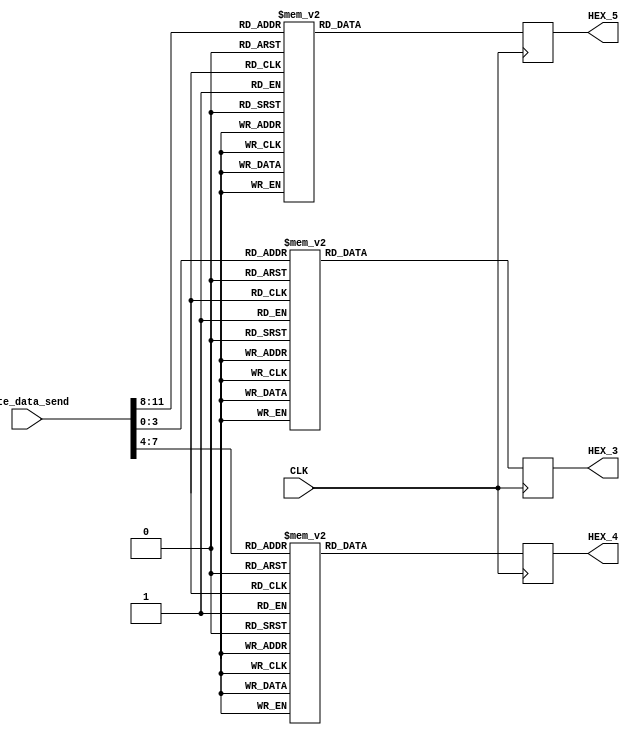
module out_hex(
	input CLK,
	input [11:0] byte_data_send,
	output reg [6:0] HEX_5,
	output reg [6:0] HEX_4,
	output reg [6:0] HEX_3
);

always @(posedge CLK) begin
	case (byte_data_send[11:8])
		4'h0: HEX_5 = 7'b1000000;
		4'h1: HEX_5 = 7'b1111001;
		4'h2: HEX_5 = 7'b0100100;
		4'h3: HEX_5 = 7'b0110000;
		4'h4: HEX_5 = 7'b0011001;
		4'h5: HEX_5 = 7'b0010010;
		4'h6: HEX_5 = 7'b0000010;
		4'h7: HEX_5 = 7'b1011000;
		4'h8: HEX_5 = 7'b0000000;
		4'h9: HEX_5 = 7'b0010000;
		4'hA: HEX_5 = 7'b0001000;
		4'hB: HEX_5 = 7'b0000011;
		4'hC: HEX_5 = 7'b1000110;
		4'hD: HEX_5 = 7'b0100001;
		4'hE: HEX_5 = 7'b0000110;
		4'hF: HEX_5 = 7'b0001110;
		default:HEX_5 = 7'b1000000;
    endcase
end

always @(posedge CLK) begin
	case (byte_data_send[7:4])
		4'h0: HEX_4 = 7'b1000000;
		4'h1: HEX_4 = 7'b1111001;
		4'h2: HEX_4 = 7'b0100100;
		4'h3: HEX_4 = 7'b0110000;
		4'h4: HEX_4 = 7'b0011001;
		4'h5: HEX_4 = 7'b0010010;
		4'h6: HEX_4 = 7'b0000010;
		4'h7: HEX_4 = 7'b1011000;
		4'h8: HEX_4 = 7'b0000000;
		4'h9: HEX_4 = 7'b0010000;
		4'hA: HEX_4 = 7'b0001000;
		4'hB: HEX_4 = 7'b0000011;
		4'hC: HEX_4 = 7'b1000110;
		4'hD: HEX_4 = 7'b0100001;
		4'hE: HEX_4 = 7'b0000110;
		4'hF: HEX_4 = 7'b0001110;
		default:HEX_4 = 7'b1000000;
	endcase
end
	
always @(posedge CLK) begin
	case (byte_data_send[3:0])
		4'h0: HEX_3 = 7'b1000000;
		4'h1: HEX_3 = 7'b1111001;
		4'h2: HEX_3 = 7'b0100100;
		4'h3: HEX_3 = 7'b0110000;
		4'h4: HEX_3 = 7'b0011001;
		4'h5: HEX_3 = 7'b0010010;
		4'h6: HEX_3 = 7'b0000010;
		4'h7: HEX_3 = 7'b1011000;
		4'h8: HEX_3 = 7'b0000000;
		4'h9: HEX_3 = 7'b0010000;
		4'hA: HEX_3 = 7'b0001000;
		4'hB: HEX_3 = 7'b0000011;
		4'hC: HEX_3 = 7'b1000110;
		4'hD: HEX_3 = 7'b0100001;
		4'hE: HEX_3 = 7'b0000110;
		4'hF: HEX_3 = 7'b0001110;
		default:HEX_3 = 7'b1000000;
	endcase
end

endmodule